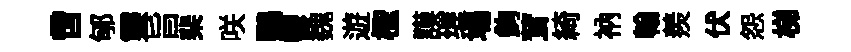
啻郇靈旨棐咲鸚鬱魏遊檉謨缠場鉤茸綺衲翰羨伏怨梯